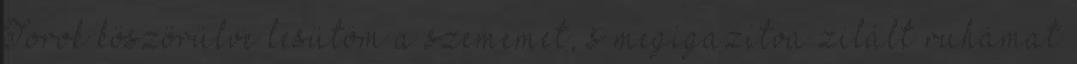
Torok köszörülve lesütöm a szememet, s megigazítva zilált ruhámat